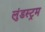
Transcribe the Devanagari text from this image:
लुंडस्ट्रम